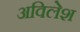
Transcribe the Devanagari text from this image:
अविलेश